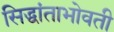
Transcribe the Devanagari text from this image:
सिद्धांताभोवती